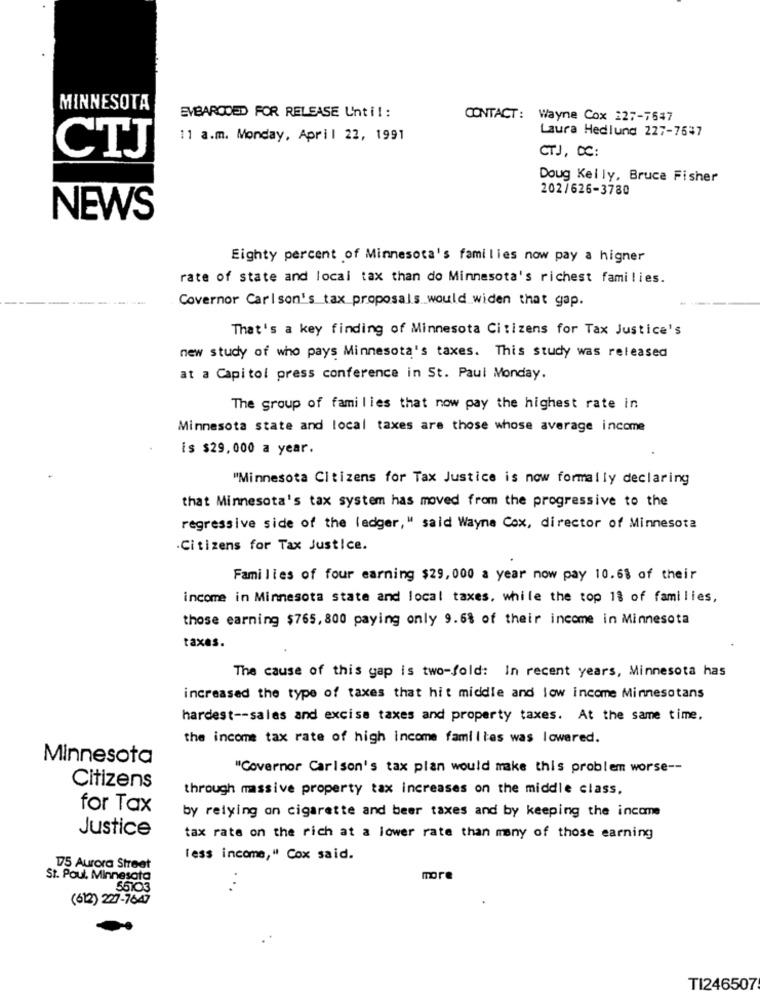
MINNESOTA
EMBARCOED FOR RELEASE Until:
CONTACT: Wayne Cox 127-7547
Laura Hedlund 227-7647
11 a.m. Monday, April 22, 1991
CTJ
CTJ, DC:
Doug Kelly, Bruce Fisher
202/626-3780
NEWS
Eighty percent of Minnesota's families now pay a higner
rate of state and local tax than do Minnesota's richest families.
Covernor Carlson's tax proposals would widen that gap.
That's a key finding of Minnesota Citizens for Tax Justice's
new study of who pays Minnesota's taxes. This study was released
at a Capitol press conference in St. Paul Monday.
The group of families that now pay the highest rate in
Minnesota state and local taxes are those whose average income
is $29,000 a year.
"Minnesota Citizens for Tax Justice is now formally declaring
that Minnesota's tax system has moved from the progressive to the
regressive side of the ledger," said Wayne Cox, director of Minnesota
.Citizens for Tax Justice.
Families of four earning $29, 000 a year now pay 10.68 of their
income in Minnesota state and local taxes, while the top 1% of families,
those earning $765, 800 paying only 9.68 of their income in Minnesota
taxes.
The cause of this gap is two-fold: In recent years, Minnesota has
increased the type of taxes that hit middle and low income Minnesotans
hardest -- sales and excise taxes and property taxes. At the same time.
the income tax rate of high income familtes was lowered.
Minnesota
"Covernor Carlson's tax plan would make this problem worse --
Citizens
through massive property tax increases on the middle class,
for Tax
by relying on cigarette and beer taxes and by keeping the income
Justice
tax rate on the rich at a lower rate than many of those earning
less income," Cox said.
175 Aurora Street
St. Paul, Minnesota
more
55103
(612) 227-7647
TI246507